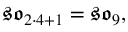
{ \mathfrak { s o } } _ { 2 \cdot 4 + 1 } = { \mathfrak { s o } } _ { 9 } ,